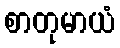
စာတုမာယံ